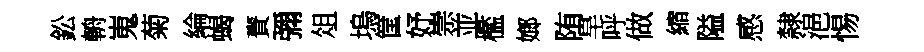
鈆輈嵬菊綸蝎賚彌俎塢筐妤崇並檻嫏陏旱呼做縮隘感隸浥惕